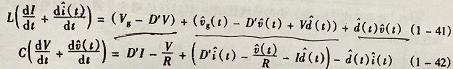
\[
\begin{align*}
L\left(\frac{\mathrm{d} \hat{i}}{\mathrm{~d} t}+\frac{\mathrm{d} \tilde{i}(t)}{\mathrm{d} t}\right)&=\left(V_{g}-D V\right)+\left(\hat{v}_{g}(t)-D \hat{v}(t)+\hat{V} \tilde{d}(t)\right)+\left(\hat{d}(t) \tilde{v}(t)\right) \quad(1-41)\\
C\left(\frac{\mathrm{d} \hat{v}}{\mathrm{~d} t}+\frac{\mathrm{d} \tilde{v}(t)}{\mathrm{d} t}\right)&=D^{\prime} I-\frac{V}{R}+\left(D^{\prime} \hat{i}(t)-\frac{\hat{v}(t)}{R}-\hat{I} \tilde{d}(t)\right)-\left(\hat{d}(t) \tilde{i}(t)\right) \quad(1-42)
\end{align*}
\]